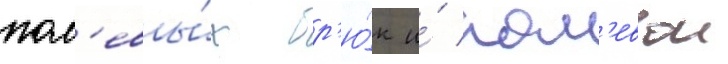
пол'евы́х бр'ю́к и́ пол'евои